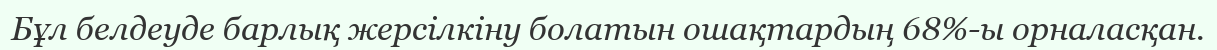
Бұл белдеуде барлық жерсілкіну болатын ошақтардың 68%-ы орналасқан.